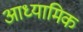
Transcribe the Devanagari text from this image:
आध्‍यामिक